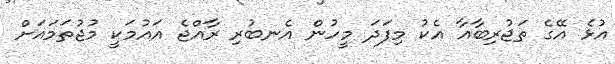
އުޅެ އޭގެ ތަޖުރިބާއާ އެކު މިފަދަ މީހުން އެނބުރި ރާއްޖެ އައުމަކީ މުޖުތަމައަށް